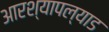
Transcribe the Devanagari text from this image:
आरश्यापल्याड